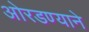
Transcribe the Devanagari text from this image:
ओरडण्याने